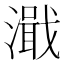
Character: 濈